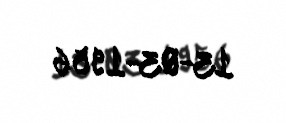
13-03-1956